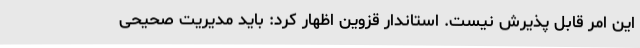
این امر قابل پذیرش نیست. استاندار قزوین اظهار کرد: باید مدیریت صحیحی